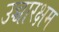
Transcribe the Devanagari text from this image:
उच्चारक्षम